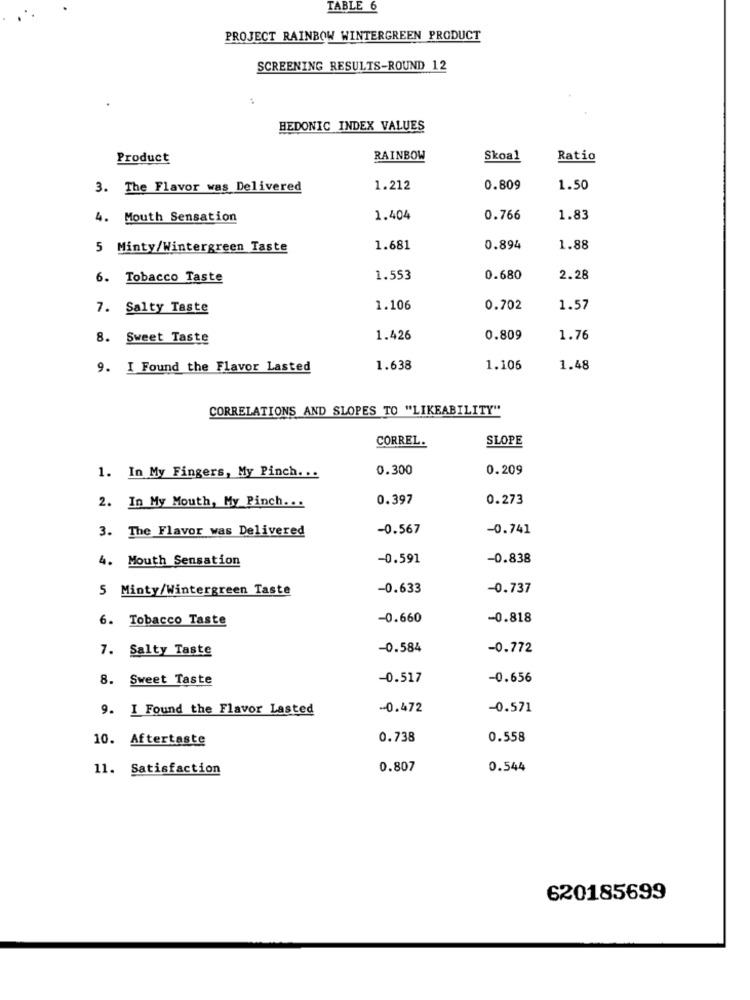
TABLE 6
PROJECT RAINBOW WINTERGREEN PRODUCT
SCREENING RESULTS-ROUND 12
:
HEDONIC INDEX VALUES
Product
RAINBOW
Skoa1
Ratio
3. The Flavor was Delivered
1.212
0.809
1.50
4. Mouth Sensation
1.404
0.766
1.83
5 Minty/Wintergreen Taste
1.681
0.894
1.88
6. Tobacco Taste
1.553
0.680
2.28
7. Salty Taste
1.106
0.702
1.57
8. Sweet Taste
1.426
0.809
1.76
9. I Found the Flavor Lasted
1.638
1.106
1.48
CORRELATIONS AND SLOPES TO "LIKEABILITY"
SLOPE
CORREL.
0.300
0.209
1. In My Fingers, My Pinch. ..
0.397
0.273
2. In My Mouth, My Pinch ...
3. The Flavor was Delivered
-0.567
-0.741
4. Mouth Sensation
-0.591
-0.838
5 Minty/Wintergreen Taste
-0.633
-0.737
6. Tobacco Taste
-0.660
-0.818
7. Salty Taste
-0.584
-0.772
8. Sweet Taste
-0.517
-0.656
9. I Found the Flavor Lasted
-0.472
-0.571
10. Aftertaste
0.738
0.558
11. Satisfaction
0.807
0.544
620185699